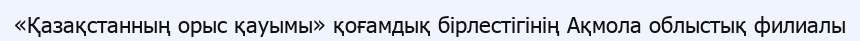
«Қазақстанның орыс қауымы» қоғамдық бірлестігінің Ақмола облыстық филиалы